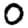
Digit: 0